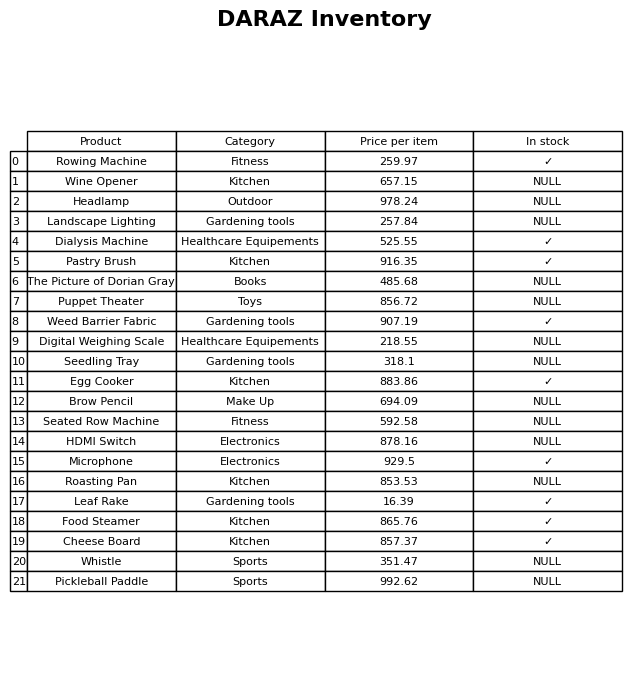
question: What is the price of the The Picture of Dorian Gray?
answer: The price of The Picture of Dorian Gray is 485.68.